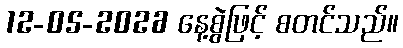
12-05-2026 နေ့စွဲဖြင့် စတင်သည်။